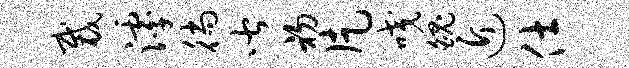
裁滹徜皆初片咬魄近仕